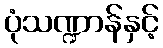
ပုံသဏ္ဍာန်နှင့်